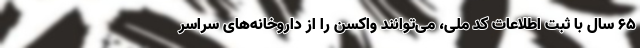
۶۵ سال با ثبت اطلاعات کد ملی، می‌توانند واکسن را از داروخانه‌های سراسر